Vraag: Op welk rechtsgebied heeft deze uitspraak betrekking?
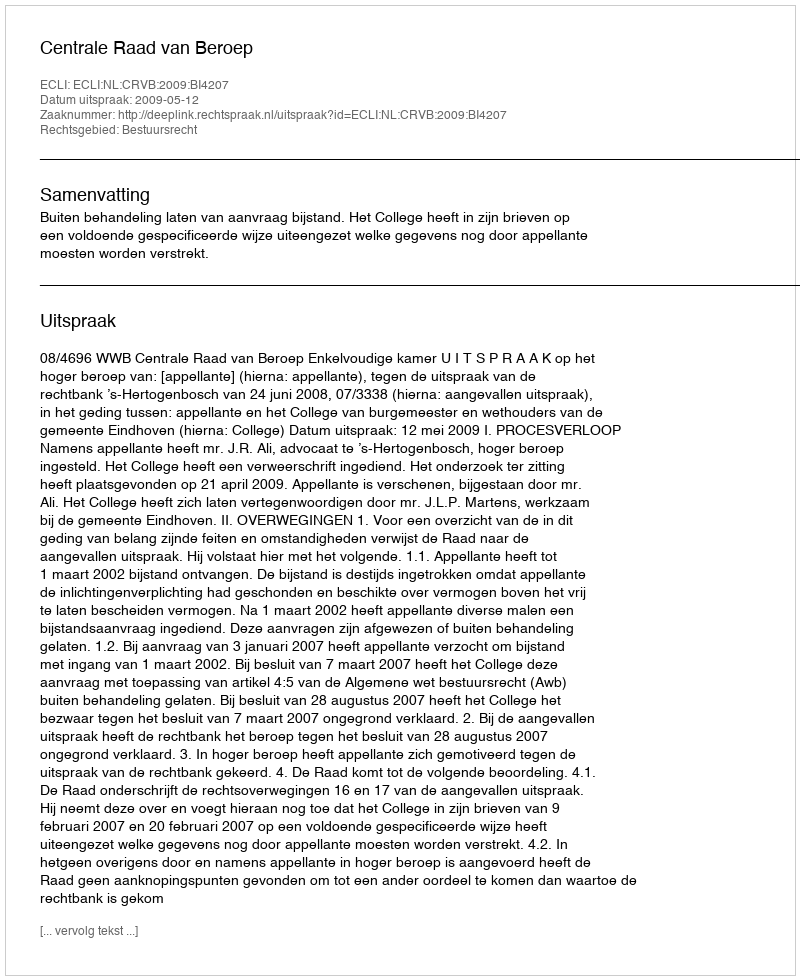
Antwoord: Bestuursrecht